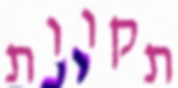
תקוות